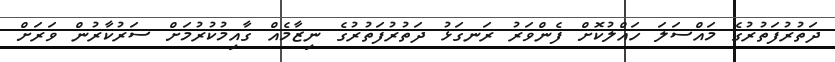
ދަތުރުފަތުރުގެ މައްސަލަ ހައްލުކޮށް ފެންވަރު ރަނގަޅު ދަތުރުފަތުރުގެ ނިޒާމެއް ގާއިމުކުރުމަށް ސަރުކާރުން ވަރަށް